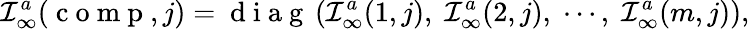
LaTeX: \mathcal{I}_{\infty}^{a}(\mathrm{~c~o~m~p~},j)=\mathrm{~d~i~a~g~}\left(\mathcal{I}_{\infty}^{a}(1,j),\; \mathcal{I}_{\infty}^{a}(2,j),\; \cdots,\; \mathcal{I}_{\infty}^{a}(m,j)\right),